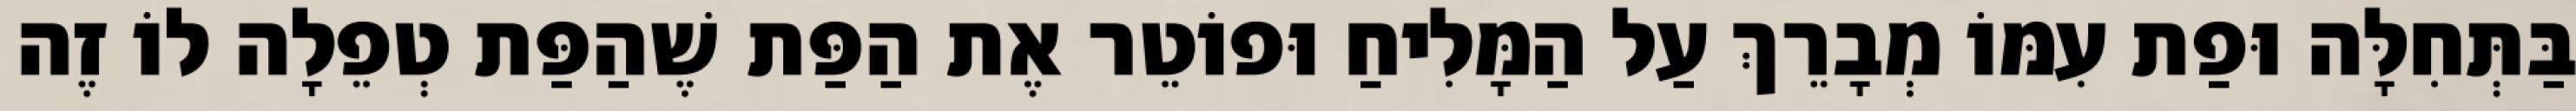
בַּתְּחִלָּה וּפַת עִמּוֹ מְבָרֵךְ עַל הַמָּלִיחַ וּפוֹטֵר אֶת הַפַּת שֶׁהַפַּת טְפֵלָה לוֹ זֶה